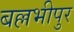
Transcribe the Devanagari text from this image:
बल्लभीपुर